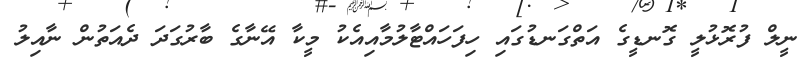
ނީލް ފުރޮޅުލީ ގޮނޑީގެ އަތްގަނޑުގައި ހިފަހައްޓާލުމާއިއެކު މީކާ އޭނާގެ ބާރުގަދަ ދެއަތުން ނާއިލު